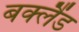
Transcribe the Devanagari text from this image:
बक्लैंड